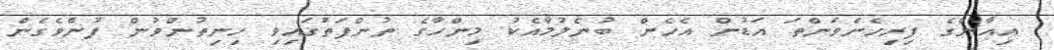
އިއާންގެ ފިރިހެންވަންތަ އަޑުން އެހެން ބުނެލުމާއެކު މިންހާގެ ތުންފަތުގައިވި ހިނިތުންވުން ފުންވެގެން